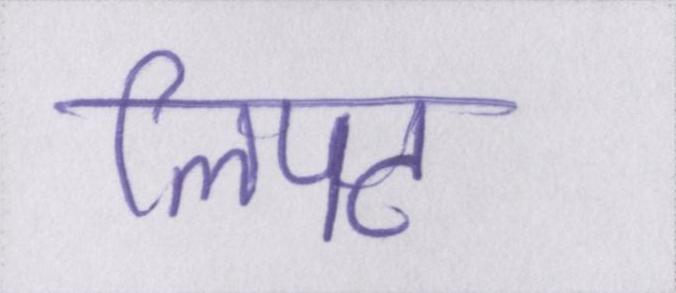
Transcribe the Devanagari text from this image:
लिपट